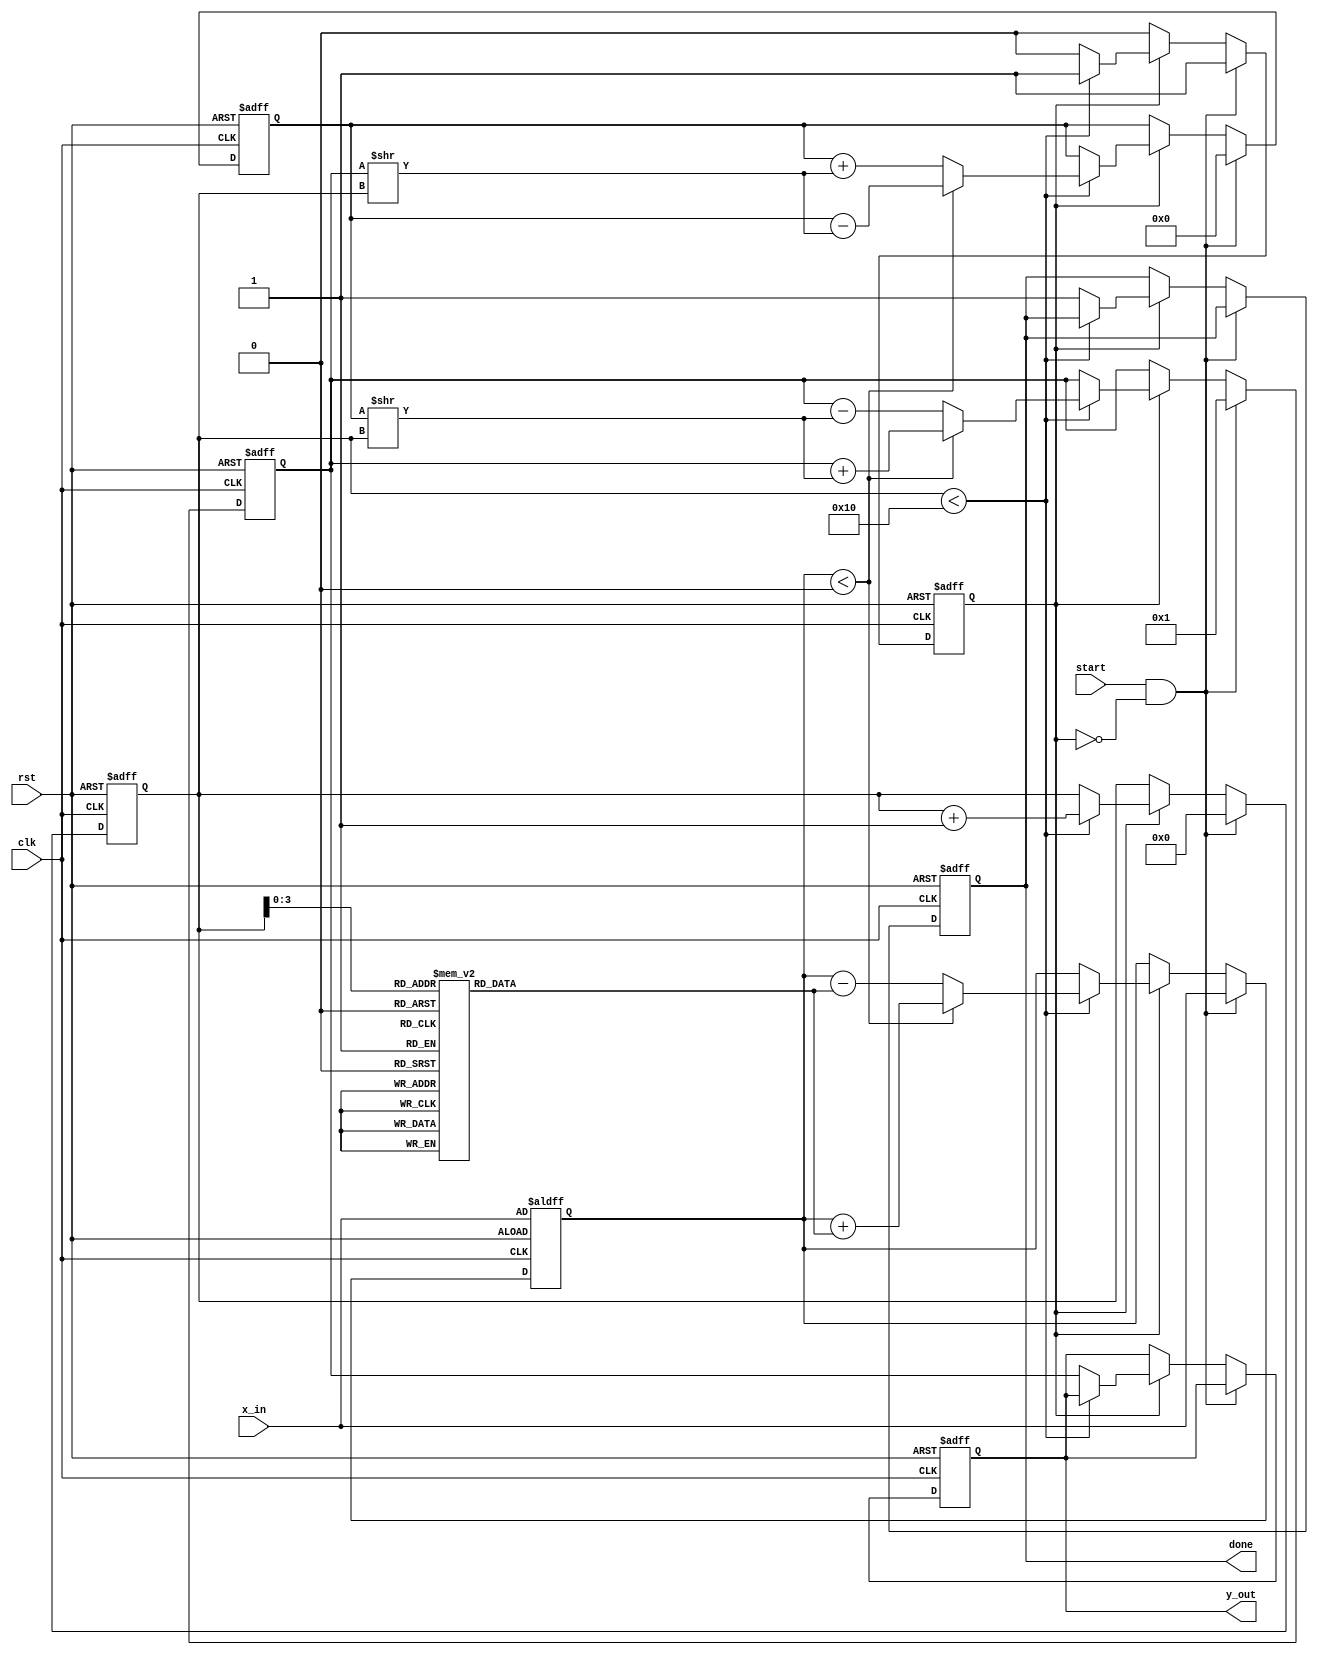
module cordic_exponential #(
    parameter WIDTH = 16,         // Width of fixed-point numbers
    parameter ITERATIONS = 16     // Number of CORDIC iterations
)(
    input wire clk,               // Clock signal
    input wire rst,               // Reset signal
    input wire [WIDTH-1:0] x_in,  // Input fixed-point value for exponent
    input wire start,             // Start signal for computation
    output reg [WIDTH-1:0] y_out, // Output fixed-point exponential result
    output reg done               // Done signal
);

    // Precomputed arctangent values (in fixed-point format)
    reg [WIDTH-1:0] atan_table [0:ITERATIONS-1];
    initial begin
        // Initialize the arctangent values for the CORDIC algorithm
        // These values should be precomputed based on the desired precision
        atan_table[0] = 16'h1C71; // atan(2^-0) in fixed-point
        atan_table[1] = 16'h0B72; // atan(2^-1) in fixed-point
        atan_table[2] = 16'h05B3; // atan(2^-2) in fixed-point
        atan_table[3] = 16'h02D9; // atan(2^-3) in fixed-point
        // Continue initializing for all required iterations...
    end

    // Internal registers
    reg [WIDTH-1:0] x;            // Current x value
    reg [WIDTH-1:0] y;            // Current y value
    reg [WIDTH-1:0] z;            // Current angle (z value)
    reg [4:0] count;              // Iteration counter
    reg active;                   // Active flag for processing

    // CORDIC computation process
    always @(posedge clk or posedge rst) begin
        if (rst) begin
            // Reset all registers
            x <= 16'h0001; // Initial x value (1.0)
            y <= 16'h0000; // Initial y value (0.0)
            z <= x_in;    // Set z to the input value
            count <= 0;   // Reset counter
            done <= 0;    // Not done
            active <= 0;  // Not active
            y_out <= 0;    // Clear output
        end else if (start && !active) begin
            // Start the CORDIC process
            active <= 1;
            count <= 0;
            y <= 16'h0000; // Initial y value (0.0)
            x <= 16'h0001; // Initial x value (1.0)
            z <= x_in;    // Set z to the input value
        end else if (active) begin
            // Perform CORDIC iterations
            if (count < ITERATIONS) begin
                if (z < 0) begin
                    // Apply rotation in the negative direction
                    x <= x + (y >> count);
                    y <= y - (x >> count);
                    z <= z + atan_table[count];
                end else begin
                    // Apply rotation in the positive direction
                    x <= x - (y >> count);
                    y <= y + (x >> count);
                    z <= z - atan_table[count];
                end
                count <= count + 1;
            end else begin
                // Finished all iterations
                active <= 0;
                done <= 1;
                y_out <= x; // Output the result
            end
        end
    end

endmodule